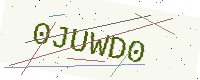
Text: 0JUWD0